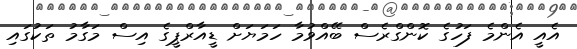
އެއީ އެންމެ ފަހުގެ ކޮންގްރެސް ބޭއްވުމާ ހަމަޔަށް ޑީއާރްޕީގެ އިސް މަގާމު ތަކުގައި